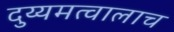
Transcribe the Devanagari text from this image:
दुय्यमत्वालाच